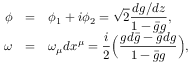
\begin{array} { r c l } { { \phi } } & { { = } } & { { \displaystyle \phi _ { 1 } + i \phi _ { 2 } = \sqrt { 2 } \frac { d g / d z } { 1 - \bar { g } g } , } } \\ { { \omega } } & { { = } } & { { \displaystyle \omega _ { \mu } d x ^ { \mu } = \frac { i } { 2 } \Big ( \frac { g d \bar { g } - \bar { g } d g } { 1 - \bar { g } g } \Big ) , } } \end{array}